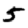
Digit: 5